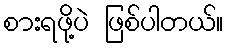
စားရဖို့ပဲ ဖြစ်ပါတယ်။